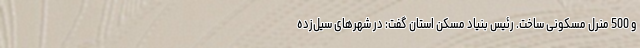
و 500 منرل مسکونی ساخت. رئیس بنیاد مسکن استان گفت: در شهرهای سیل‌زده